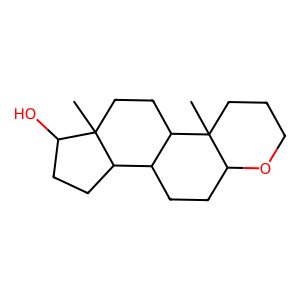
SMILES: CC12CCC3C(CCC4OCCCC43C)C1CCC2O
Inhibits HIV replication: No